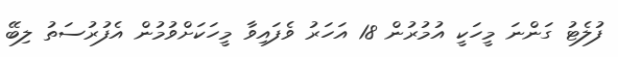
ފުލެޓު ގަންނަ މީހަކީ އުމުރުން 18 އަހަރު ވެފައިވާ މީހަކަށްވުމުން އެފުރުސަތު ލިބޭ